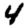
Digit: 4